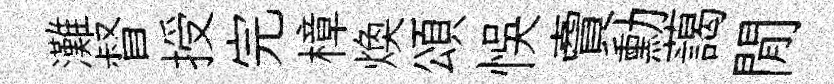
灘督授完樟焕頌悞𧶠勳藹閒